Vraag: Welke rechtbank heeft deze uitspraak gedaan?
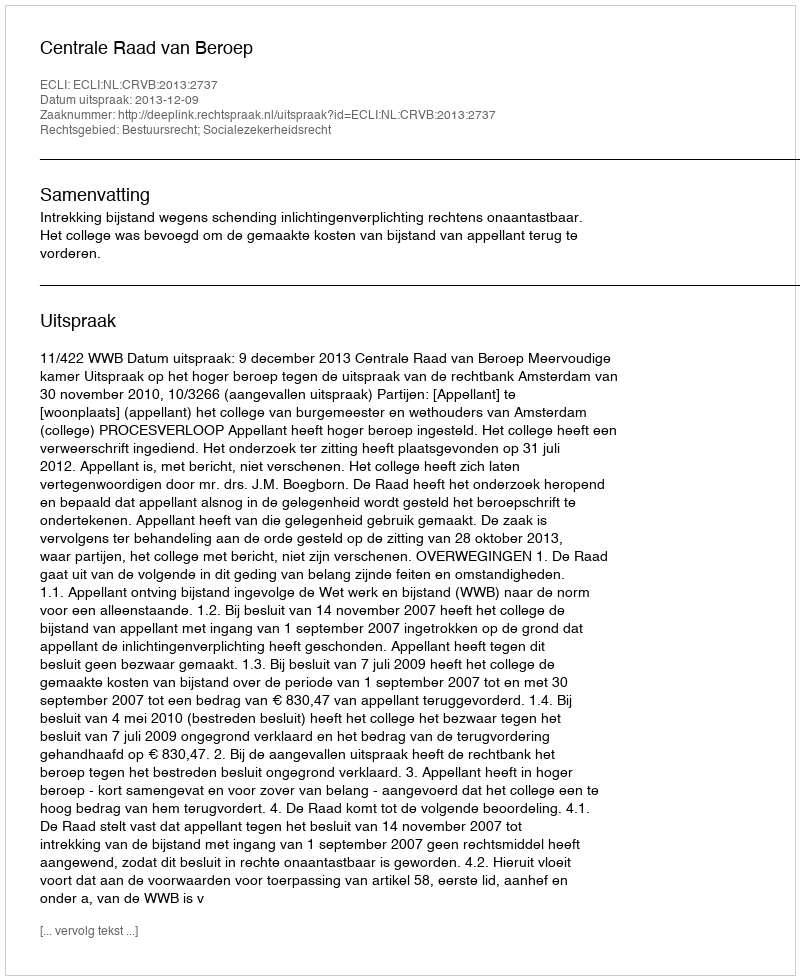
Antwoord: Centrale Raad van Beroep